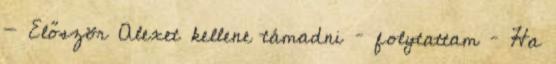
- Először Alexet kellene támadni – folytattam – Ha